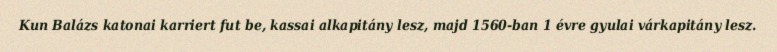
Kun Balázs katonai karriert fut be, kassai alkapitány lesz, majd 1560-ban 1 évre gyulai várkapitány lesz.